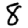
Digit: 8